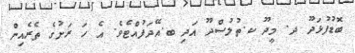
ބޮޑުފުޅަދޫ ދ. މީދޫ ކ.ތުލުސްދޫ އަދި ބ.އޭދަފުއްޓެވެ. އެ ހަ ރަށުގެ ތެރެއިން